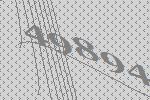
49894